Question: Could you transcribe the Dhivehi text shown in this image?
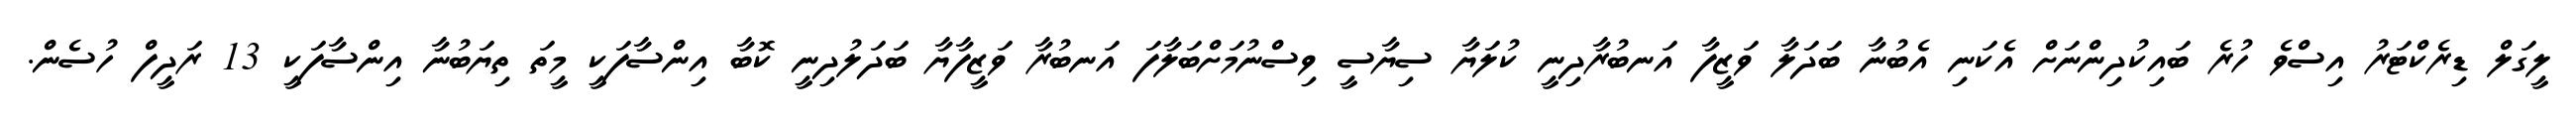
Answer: ލީގަލް ޑިރެކްޓަރު އިސްވެ ހުރެ ބައިކުދިންނަށް އެކަނި އެބުނާ ބަދަލާ ވަޒީފާ އަނބުރާދިނީ ކުލަޔާ ސިޔާސީ ވިސްނުމަށްބަލާފަ އަނބުރާ ވަޒީފާޔާ ބަދަލުދިނީ ކޮބާ އިންސާފަކީ މީތަ ތިޔަބުނާ އިންސާފަކީ 13 ރަދީފް ހުސެން.